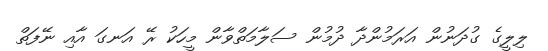
ލިލީގެ ގުދަނުން އަރަމުންދާ ދުމުން ސަލާމަތްވާން މީހަކު ރޭ އަނގަ އާއި ނޭފަތް